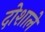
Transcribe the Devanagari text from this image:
दोशाले